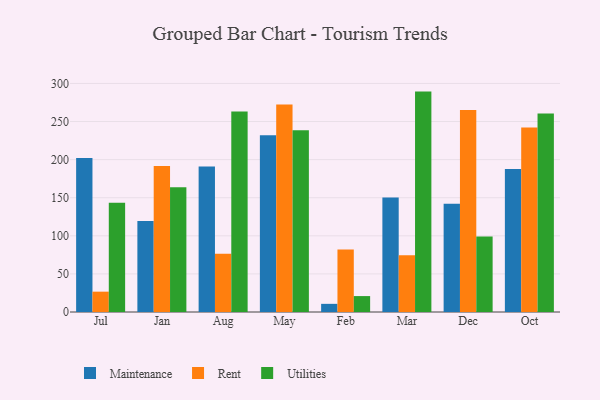
{"axis": {"x": "Month", "y": "Revenue (USD Million)"}, "legend": ["Maintenance", "Rent", "Utilities"], "data": [{"x": "Jul", "y": 202.1, "type": "Maintenance"}, {"x": "Jul", "y": 26.7, "type": "Rent"}, {"x": "Jul", "y": 143.3, "type": "Utilities"}, {"x": "Jan", "y": 119.3, "type": "Maintenance"}, {"x": "Jan", "y": 191.8, "type": "Rent"}, {"x": "Jan", "y": 163.6, "type": "Utilities"}, {"x": "Aug", "y": 191.1, "type": "Maintenance"}, {"x": "Aug", "y": 76.3, "type": "Rent"}, {"x": "Aug", "y": 263.2, "type": "Utilities"}, {"x": "May", "y": 231.9, "type": "Maintenance"}, {"x": "May", "y": 272.4, "type": "Rent"}, {"x": "May", "y": 238.5, "type": "Utilities"}, {"x": "Feb", "y": 10.7, "type": "Maintenance"}, {"x": "Feb", "y": 81.9, "type": "Rent"}, {"x": "Feb", "y": 20.9, "type": "Utilities"}, {"x": "Mar", "y": 150.4, "type": "Maintenance"}, {"x": "Mar", "y": 74.5, "type": "Rent"}, {"x": "Mar", "y": 289.3, "type": "Utilities"}, {"x": "Dec", "y": 142.1, "type": "Maintenance"}, {"x": "Dec", "y": 265.2, "type": "Rent"}, {"x": "Dec", "y": 99.2, "type": "Utilities"}, {"x": "Oct", "y": 187.6, "type": "Maintenance"}, {"x": "Oct", "y": 242.1, "type": "Rent"}, {"x": "Oct", "y": 260.4, "type": "Utilities"}]}